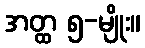
အတ္ထ ၅-မျိုး။